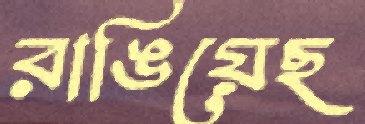
রাঙিয়েছ